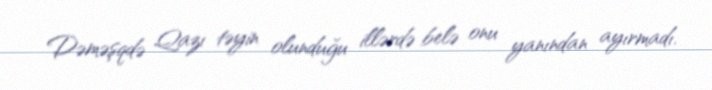
Dəməşqdə Qazı təyin olunduğu illərdə belə onu yanından ayırmadı.